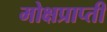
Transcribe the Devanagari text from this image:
मोक्षप्राप्‍ती